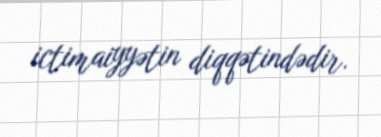
ictimaiyyətin diqqətindədir.